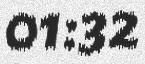
01:32